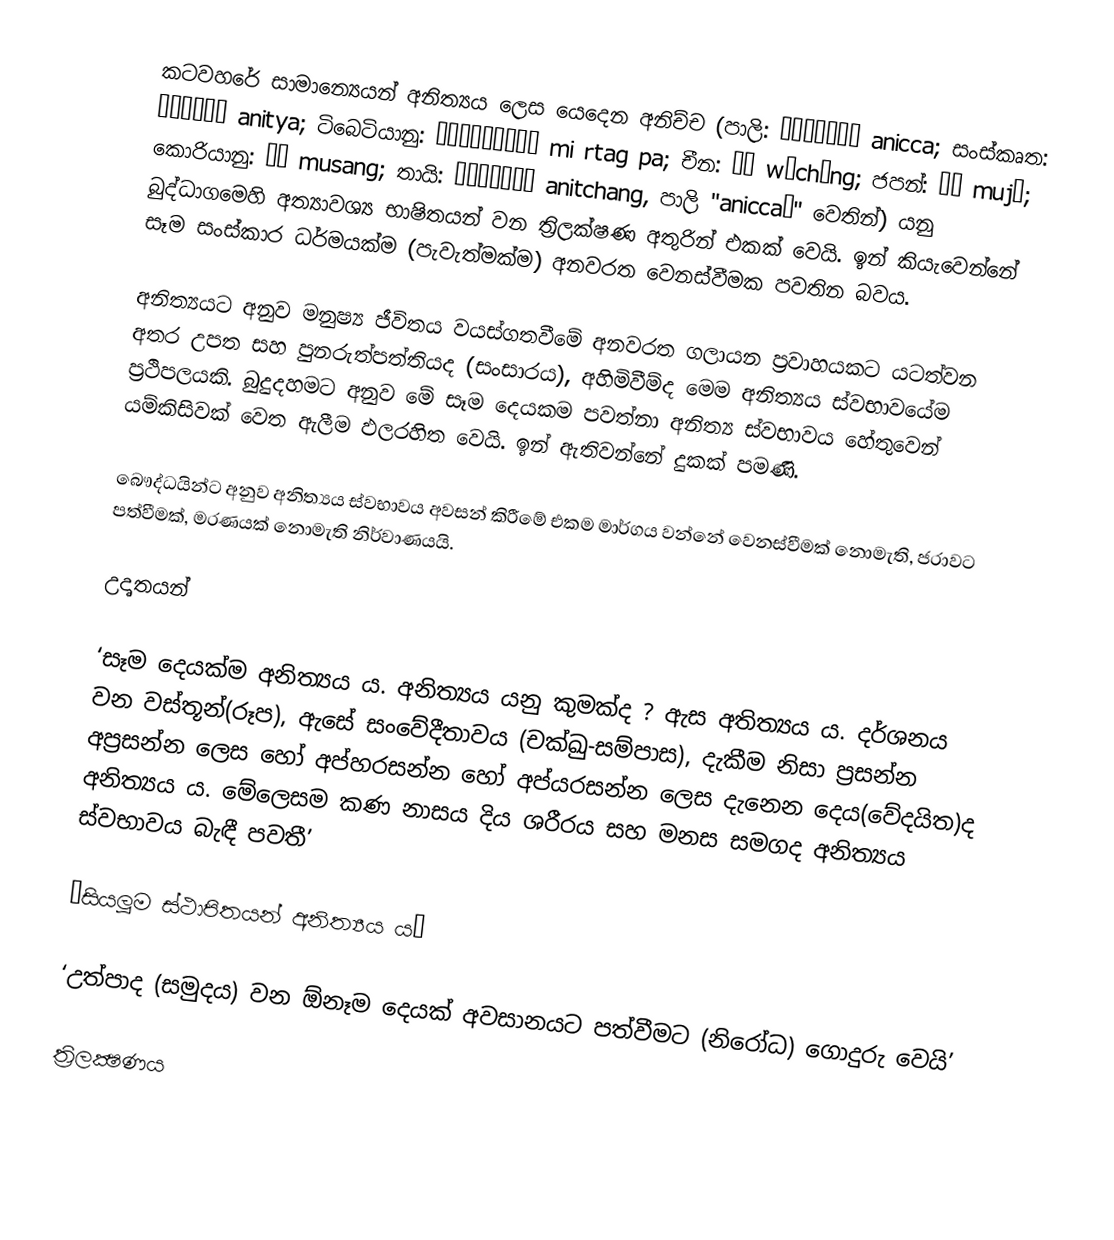
කටවහරේ සාමාන්‍යෙයන් අනිත්‍යය ලෙස යෙදෙන අනිච්ච (පාලි: अनिच्चा anicca; සංස්කෘත: अनित्य anitya; ටිබෙටියානු: མི་​རྟག་​པ་ mi rtag pa; චීන: 無常 wúcháng; ජපන්: 無常 mujō; කොරියානු: 무상 musang; තායි: อนิจจัง anitchang, පාලි "aniccaŋ" වෙතින්) යනු බුද්ධාගමෙහි අත්‍යාවශ්‍ය භාෂිතයන් වන ත්‍රිලක්ෂණ අතුරින් එකක් වෙයි. ඉන් කියැවෙන්නේ සෑම සංස්කාර ධර්මයක්ම (පැවැත්මක්ම) අනවරත වෙනස්වීමක පවතින බවය.

අනිත්‍යයට අනුව මනුෂ්‍ය ජීවිතය වයස්ගතවීමේ අනවරත ගලායන ප්‍රවාහයකට යටත්වන අතර උපත සහ පුනරුත්පත්තියද (සංසාරය), අහිමිවීම්ද මෙම අනිත්‍යය ස්වභාවයේම ප්‍රථිපලයකි. බුදුදහමට අනුව මේ සෑම දෙයකම පවත්නා අනිත්‍ය ස්වභාවය හේතුවෙන් යම්කිසිවක් වෙත ඇලීම ඵලරහිත වෙයි. ඉන් ඇතිවන්නේ දුකක් පමණි.

බෞද්ධයින්ට අනුව අනිත්‍යය ස්වභාවය අවසන් කිරීමේ එකම මාර්ගය වන්නේ වෙනස්වීමක් නොමැති, ජරාවට පත්වීමක්, මරණයක් නොමැති නිර්වාණයයි.

උදෘතයන්

‘සෑම දෙයක්ම අනිත්‍යය ය. අනිත්‍යය යනු කුමක්ද ? ඇස අතිත්‍යය ය. දර්ශනය වන වස්තූන්(රූප), ඇසේ සංවේදීතාවය (චක්ඛු-සම්පාස), දැකීම නිසා ප්‍රසන්න අප්‍රසන්න ලෙස හෝ අප්හ‍රසන්න හෝ අප්ය‍රසන්න ලෙස දැනෙන දෙය(වේදයිත)ද අනිත්‍යය ය. මේලෙසම කණ නාසය දිය ශරීරය සහ මනස සමගද අනිත්‍යය ස්වභාවය බැඳී පවතී’

’සියලූම ස්ථාපිතයන් අනිත්‍යය ය’

‘උත්පාද (සමුදය) වන  ඕනෑම දෙයක් අවසානයට පත්වීමට (නිරෝධ) ගොදුරු වෙයි’

ත්‍රිලක්‍ෂණය